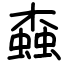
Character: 螙